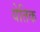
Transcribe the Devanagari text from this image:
येतिक